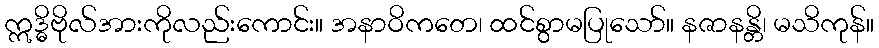
ဣဒ္ဓိဗိုလ်အားကိုလည်းကောင်း။ အနာဝိကတေ၊ ထင်စွာမပြုသော်။ နဇာနန္တိ၊ မသိကုန်။